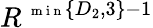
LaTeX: R^{\mathrm{~\scriptsize~m~i~n~}\{ D_{2},{3}\} -1}